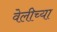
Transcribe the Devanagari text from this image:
वेलीच्या